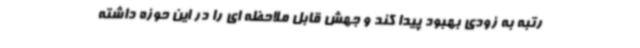
رتبه به زودی بهبود پیدا کند و جهش قابل ملاحظه ای را در این حوزه داشته